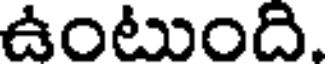
ఉంటుంది.